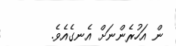
ން އަހުރެންނަށް އެނގެއެވެ.